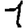
Digit: 1